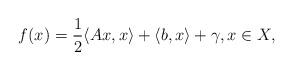
LaTeX: \begin{align*}f(x)=\frac{1}{2}\langle Ax,x\rangle+\langle b,x\rangle+\gamma, x\in X, \end{align*}